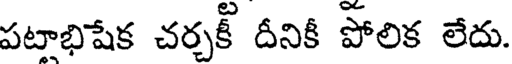
పటాభిషేక చర్చకీ దీనికీ పోలిక లేదు.